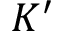
K ^ { \prime }